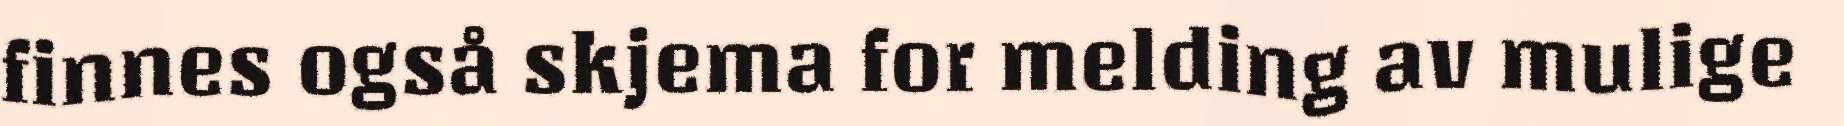
finnes også skjema for melding av mulige